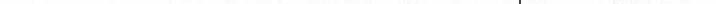
(3)在同一平面直角坐标系中，再画出函数$$g ( x ) = \frac { 1 } { x } ( x > 0 )$$ 的图象(不